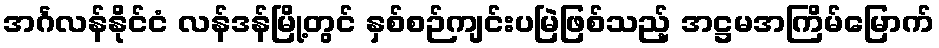
အင်္ဂလန်နိုင်ငံ လန်ဒန်မြို့တွင် နှစ်စဉ်ကျင်းပမြဲဖြစ်သည့် အဋ္ဌမအကြိမ်မြောက်